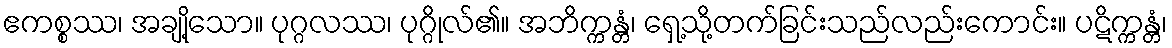
ဧကစ္စဿ၊ အချို့သော။ ပုဂ္ဂလဿ၊ ပုဂ္ဂိုလ်၏။ အဘိက္ကန္တံ၊ ရှေ့သို့တက်ခြင်းသည်လည်းကောင်း။ ပဋိက္ကန္တံ၊